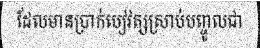
ដែលមានប្រាក់បៀវត្សស្រាប់បញ្ចូលជា